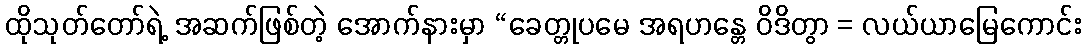
ထိုသုတ်တော်ရဲ့ အဆက်ဖြစ်တဲ့ အောက်နားမှာ “ခေတ္တုပမေ အရဟန္တေ ဝိဒိတွာ = လယ်ယာမြေကောင်း